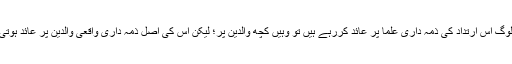
کچھ لوگ اس ارتداد کی ذمہ داری علما پر عائد کررہے ہیں تو وہیں کچھ والدین پر؛ لیکن اس کی اصل ذمہ داری واقعی والدین پر عائد ہوتی ہے۔